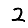
Digit: 2